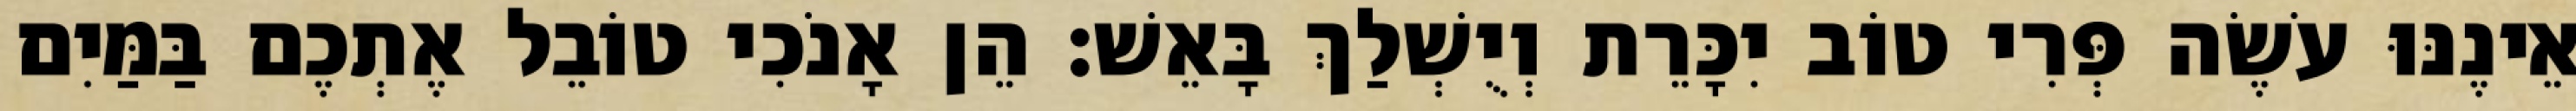
אֵינֶנּוּ עֹשֶׂה פְּרִי טוֹב יִכָּרֵת וְיֻשְׁלַךְ בָּאֵשׁ׃ הֵן אָנֹכִי טוֹבֵל אֶתְכֶם בַּמַּיִם